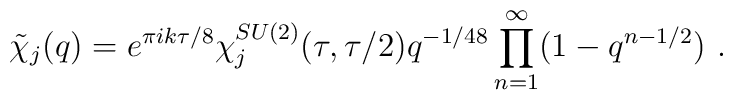
\tilde{\chi}_j (q) = e^{\pi i k \tau /8} \chi_j ^{SU(2)} (\tau, \tau/2)                       q^{-1/48}\prod_{n=1}^{\infty} (1-q^{n-1/2})  ~.